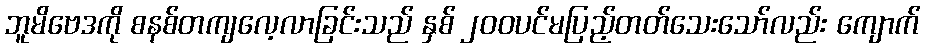
ဘူမိဗေဒကို စနစ်တကျလေ့လာခြင်းသည် နှစ် ၂၀၀ပင်မပြည့်တတ်သေးသော်လည်း ကျောက်